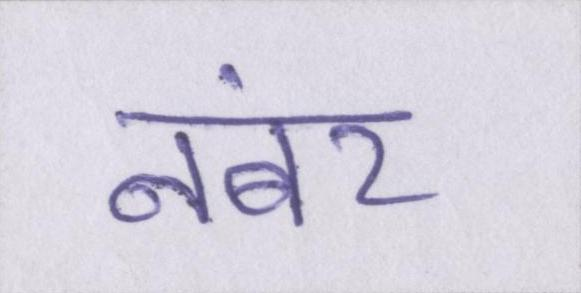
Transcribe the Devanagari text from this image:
नंबर